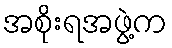
အစိုးရအဖွဲ့က